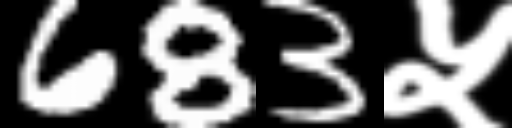
Text: 683५